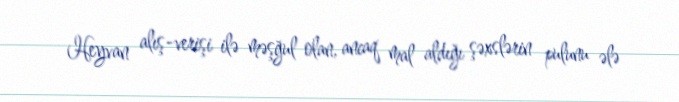
Heyvan alış-verişi ilə məşğul olan, ancaq mal aldığı şəxslərin pulunu ələ